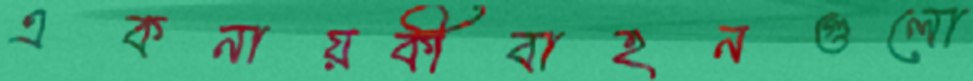
একনায়কীবাহনগুলো